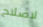
لاصلاح